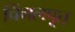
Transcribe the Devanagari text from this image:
चिंगलपूत